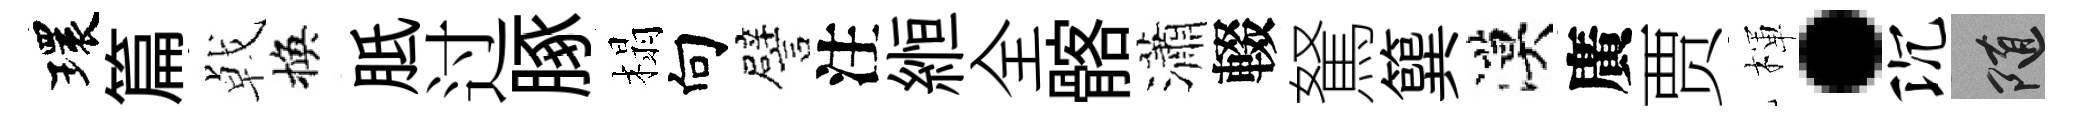
環篇㦸換胝过䐁榻向譬注縆全髂瀟輟駑簨漠廣贾楎·沉隨